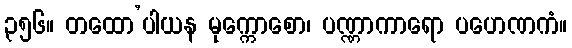
၃၅၆။ တထော’ပါယန မုက္ကောစော၊ ပဏ္ဏာကာရော ပဟေဏကံ။